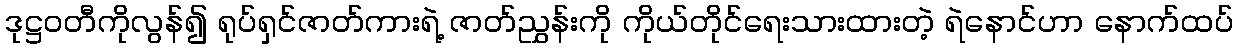
ဒုဋ္ဌဝတီကိုလွန်၍ ရုပ်ရှင်ဇာတ်ကားရဲ့ ဇာတ်ညွှန်းကို ကိုယ်တိုင်ရေးသားထားတဲ့ ရဲနောင်ဟာ နောက်ထပ်